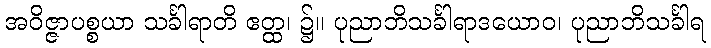
အဝိဇ္ဇာပစ္စယာ သင်္ခါရာတိ ဧတ္ထ၊ ၌။ ပုညာဘိသင်္ခါရာဒယောဝ၊ ပုညာဘိသင်္ခါရ